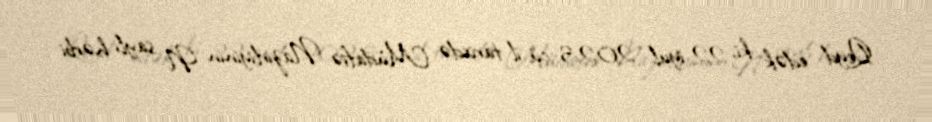
Qeyd edək ki, 22 iyul 2023-cü il tarixdə Müdafiə Nazirliyinin N saylı hərbi